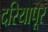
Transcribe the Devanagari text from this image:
दरियापूर